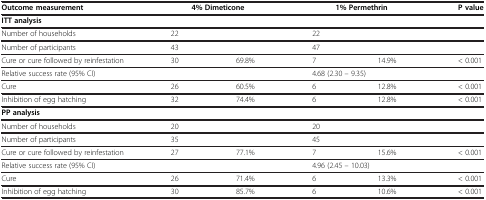
<table><thead><tr><td><b>Outcome measurement</b></td><td><b>4% Dimeticone</b></td><td><b> </b></td><td><b>1% Permethrin</b></td><td><b> </b></td><td><b>P value</b></td></tr></thead><tbody><tr><td><b>ITT analysis</b></td><td> </td><td> </td><td> </td><td> </td><td> </td></tr><tr><td>Number of households</td><td>22</td><td> </td><td>22</td><td> </td><td> </td></tr><tr><td>Number of participants</td><td>43</td><td> </td><td>47</td><td> </td><td> </td></tr><tr><td>Cure or cure followed by reinfestation</td><td>30</td><td>69.8%</td><td>7</td><td>14.9%</td><td>&lt; 0.001</td></tr><tr><td colspan="3">Relative success rate (95% CI)</td><td>4.68 (2.30 – 9.35)</td><td> </td><td> </td></tr><tr><td>Cure</td><td>26</td><td>60.5%</td><td>6</td><td>12.8%</td><td>&lt; 0.001</td></tr><tr><td>Inhibition of egg hatching</td><td>32</td><td>74.4%</td><td>6</td><td>12.8%</td><td>&lt; 0.001</td></tr><tr><td><b>PP analysis</b></td><td> </td><td> </td><td> </td><td> </td><td> </td></tr><tr><td>Number of households</td><td>20</td><td> </td><td>20</td><td> </td><td> </td></tr><tr><td>Number of participants</td><td>35</td><td> </td><td>45</td><td> </td><td> </td></tr><tr><td>Cure or cure followed by reinfestation</td><td>27</td><td>77.1%</td><td>7</td><td>15.6%</td><td>&lt; 0.001</td></tr><tr><td colspan="3">Relative success rate (95% CI)</td><td>4.96 (2.45 – 10.03)</td><td> </td><td> </td></tr><tr><td>Cure</td><td>26</td><td>71.4%</td><td>6</td><td>13.3%</td><td>&lt; 0.001</td></tr><tr><td>Inhibition of egg hatching</td><td>30</td><td>85.7%</td><td>6</td><td>10.6%</td><td>&lt; 0.001</td></tr></tbody></table>